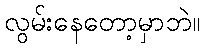
လွမ်းနေတော့မှာဘဲ။